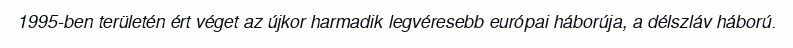
1995-ben területén ért véget az újkor harmadik legvéresebb európai háborúja, a délszláv háború.